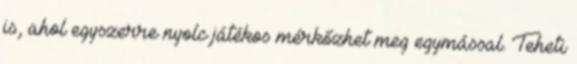
is, ahol egyszerre nyolc játékos mérkőzhet meg egymással. Teheti